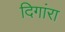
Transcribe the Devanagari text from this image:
दिगांरा